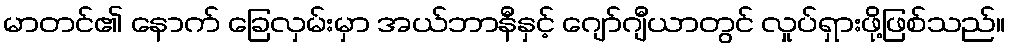
မာတင်၏ နောက် ခြေလှမ်းမှာ အယ်ဘာနီနှင့် ဂျော်ဂျီယာတွင် လှုပ်ရှားဖို့ဖြစ်သည်။